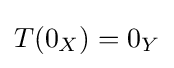
T(0_{X})=0_{Y}